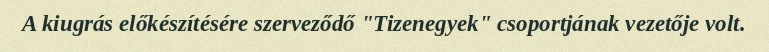
A kiugrás előkészítésére szerveződő "Tizenegyek" csoportjának vezetője volt.